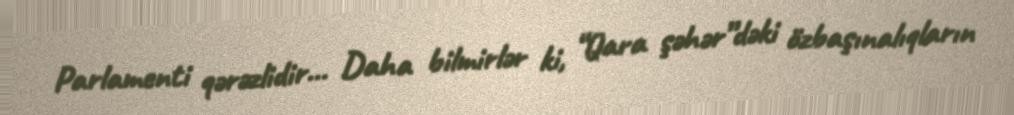
Parlamenti qərəzlidir... Daha bilmirlər ki, “Qara şəhər”dəki özbaşınalıqların